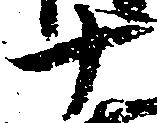
十